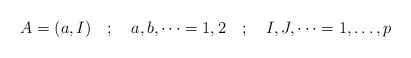
\begin{align*}A=(a,I) \quad ; \quad a,b,\dots =1,2 \quad ; \quad I,J,\dots =1, \dots, p \end{align*}